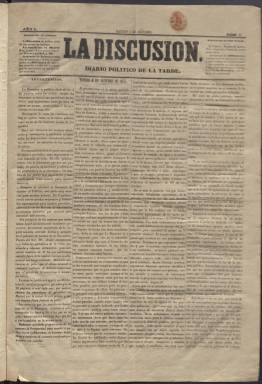
Título: La Discusión (Madrid. 1853)
Colección: Periódicos
Ámbito geográfico: Madrid
Lugar de publicación: Madrid
Fechas: 04/10/1853-22/11/1853